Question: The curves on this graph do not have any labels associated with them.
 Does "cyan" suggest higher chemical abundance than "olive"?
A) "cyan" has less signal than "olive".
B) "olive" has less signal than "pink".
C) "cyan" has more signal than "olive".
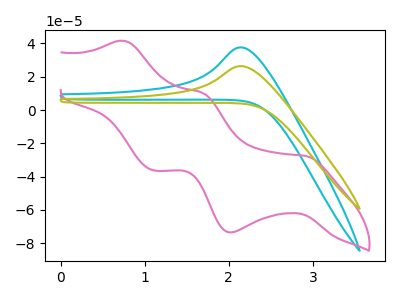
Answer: <think>The cyan curve "cyan" has an anodic peak at: (2.15V, 37.65uA). The pink curve "pink" has anodic peaks at (0.75V, 41.60uA) (1.70V, 10.40uA) and cathodic peaks at (2.90V, -27.55uA) (2.00V, -73.55uA) (1.10V, -36.20uA). The olive curve "olive" has an anodic peak at: (2.15V, 26.40uA).
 All the peaks in "cyan" have a peak in "olive" at the same potential. Every peak in "cyan" is higher than every peak in "olive".</think>
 <answer>C) "cyan" has more signal than "olive".</answer>
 <eval>C</eval>